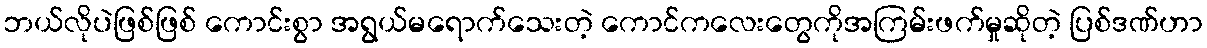
ဘယ်လိုပဲဖြစ်ဖြစ် ကောင်းစွာ အရွယ်မရောက်သေးတဲ့ ကောင်ကလေးတွေကိုအကြမ်းဖက်မှုဆိုတဲ့ ပြစ်ဒဏ်ဟာ